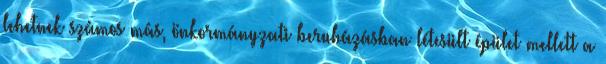
lehetnek számos más, önkormányzati beruházásban létesült épület mellett a